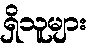
ရှိသူများ